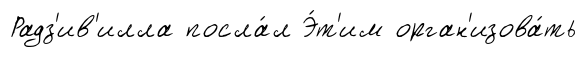
Радз'ив'илла посла́л Э́т'им орган'изова́ть